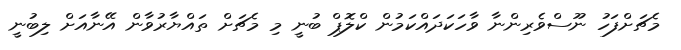
މެޗަށްފަހު ނޫސްވެރިންނާ ވާހަކަދައްކަމުން ކްލޮޕް ބުނީ މި މެޗަށް ތައްޔާރުވާން އޭނާއަށް ލިބުނީ